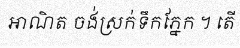
អាណិត ចង់ស្រក់ទឹកភ្នែក ។ តើ